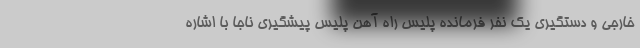
خارجی و دستگیری یک نفر فرمانده پلیس راه آهن پلیس پیشگیری ناجا با اشاره